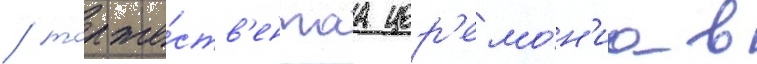
/ торже́ств'еннаа цер'емо́н'иа в